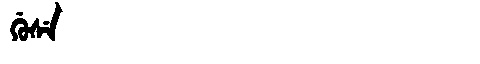
Manchu: ᡤᡠᠰᡝ
Romanization: GUSE